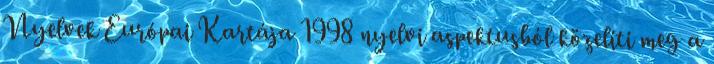
Nyelvek Európai Kartája 1998 nyelvi aspektusból közelíti meg a